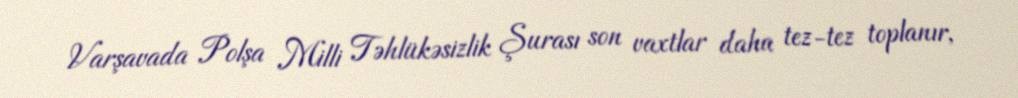
Varşavada Polşa Milli Təhlükəsizlik Şurası son vaxtlar daha tez-tez toplanır,